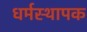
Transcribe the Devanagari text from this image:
धर्मस्थापक